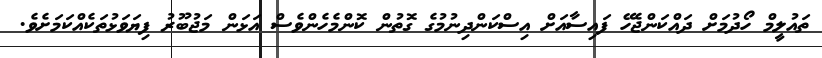
ތައުލީމް ހޯދުމަށް ދައްކަންޖެހޭ ފައިސާއަށް އިސްކަންދިނުމުގެ ގޮތުން ކޮންމެހެންވެސް އަޅަން މަޖުބޫރު ފިޔަވަޅުތަކެއްކަމަށެވެ.